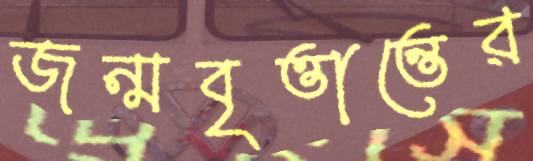
জন্মবৃত্তান্তের